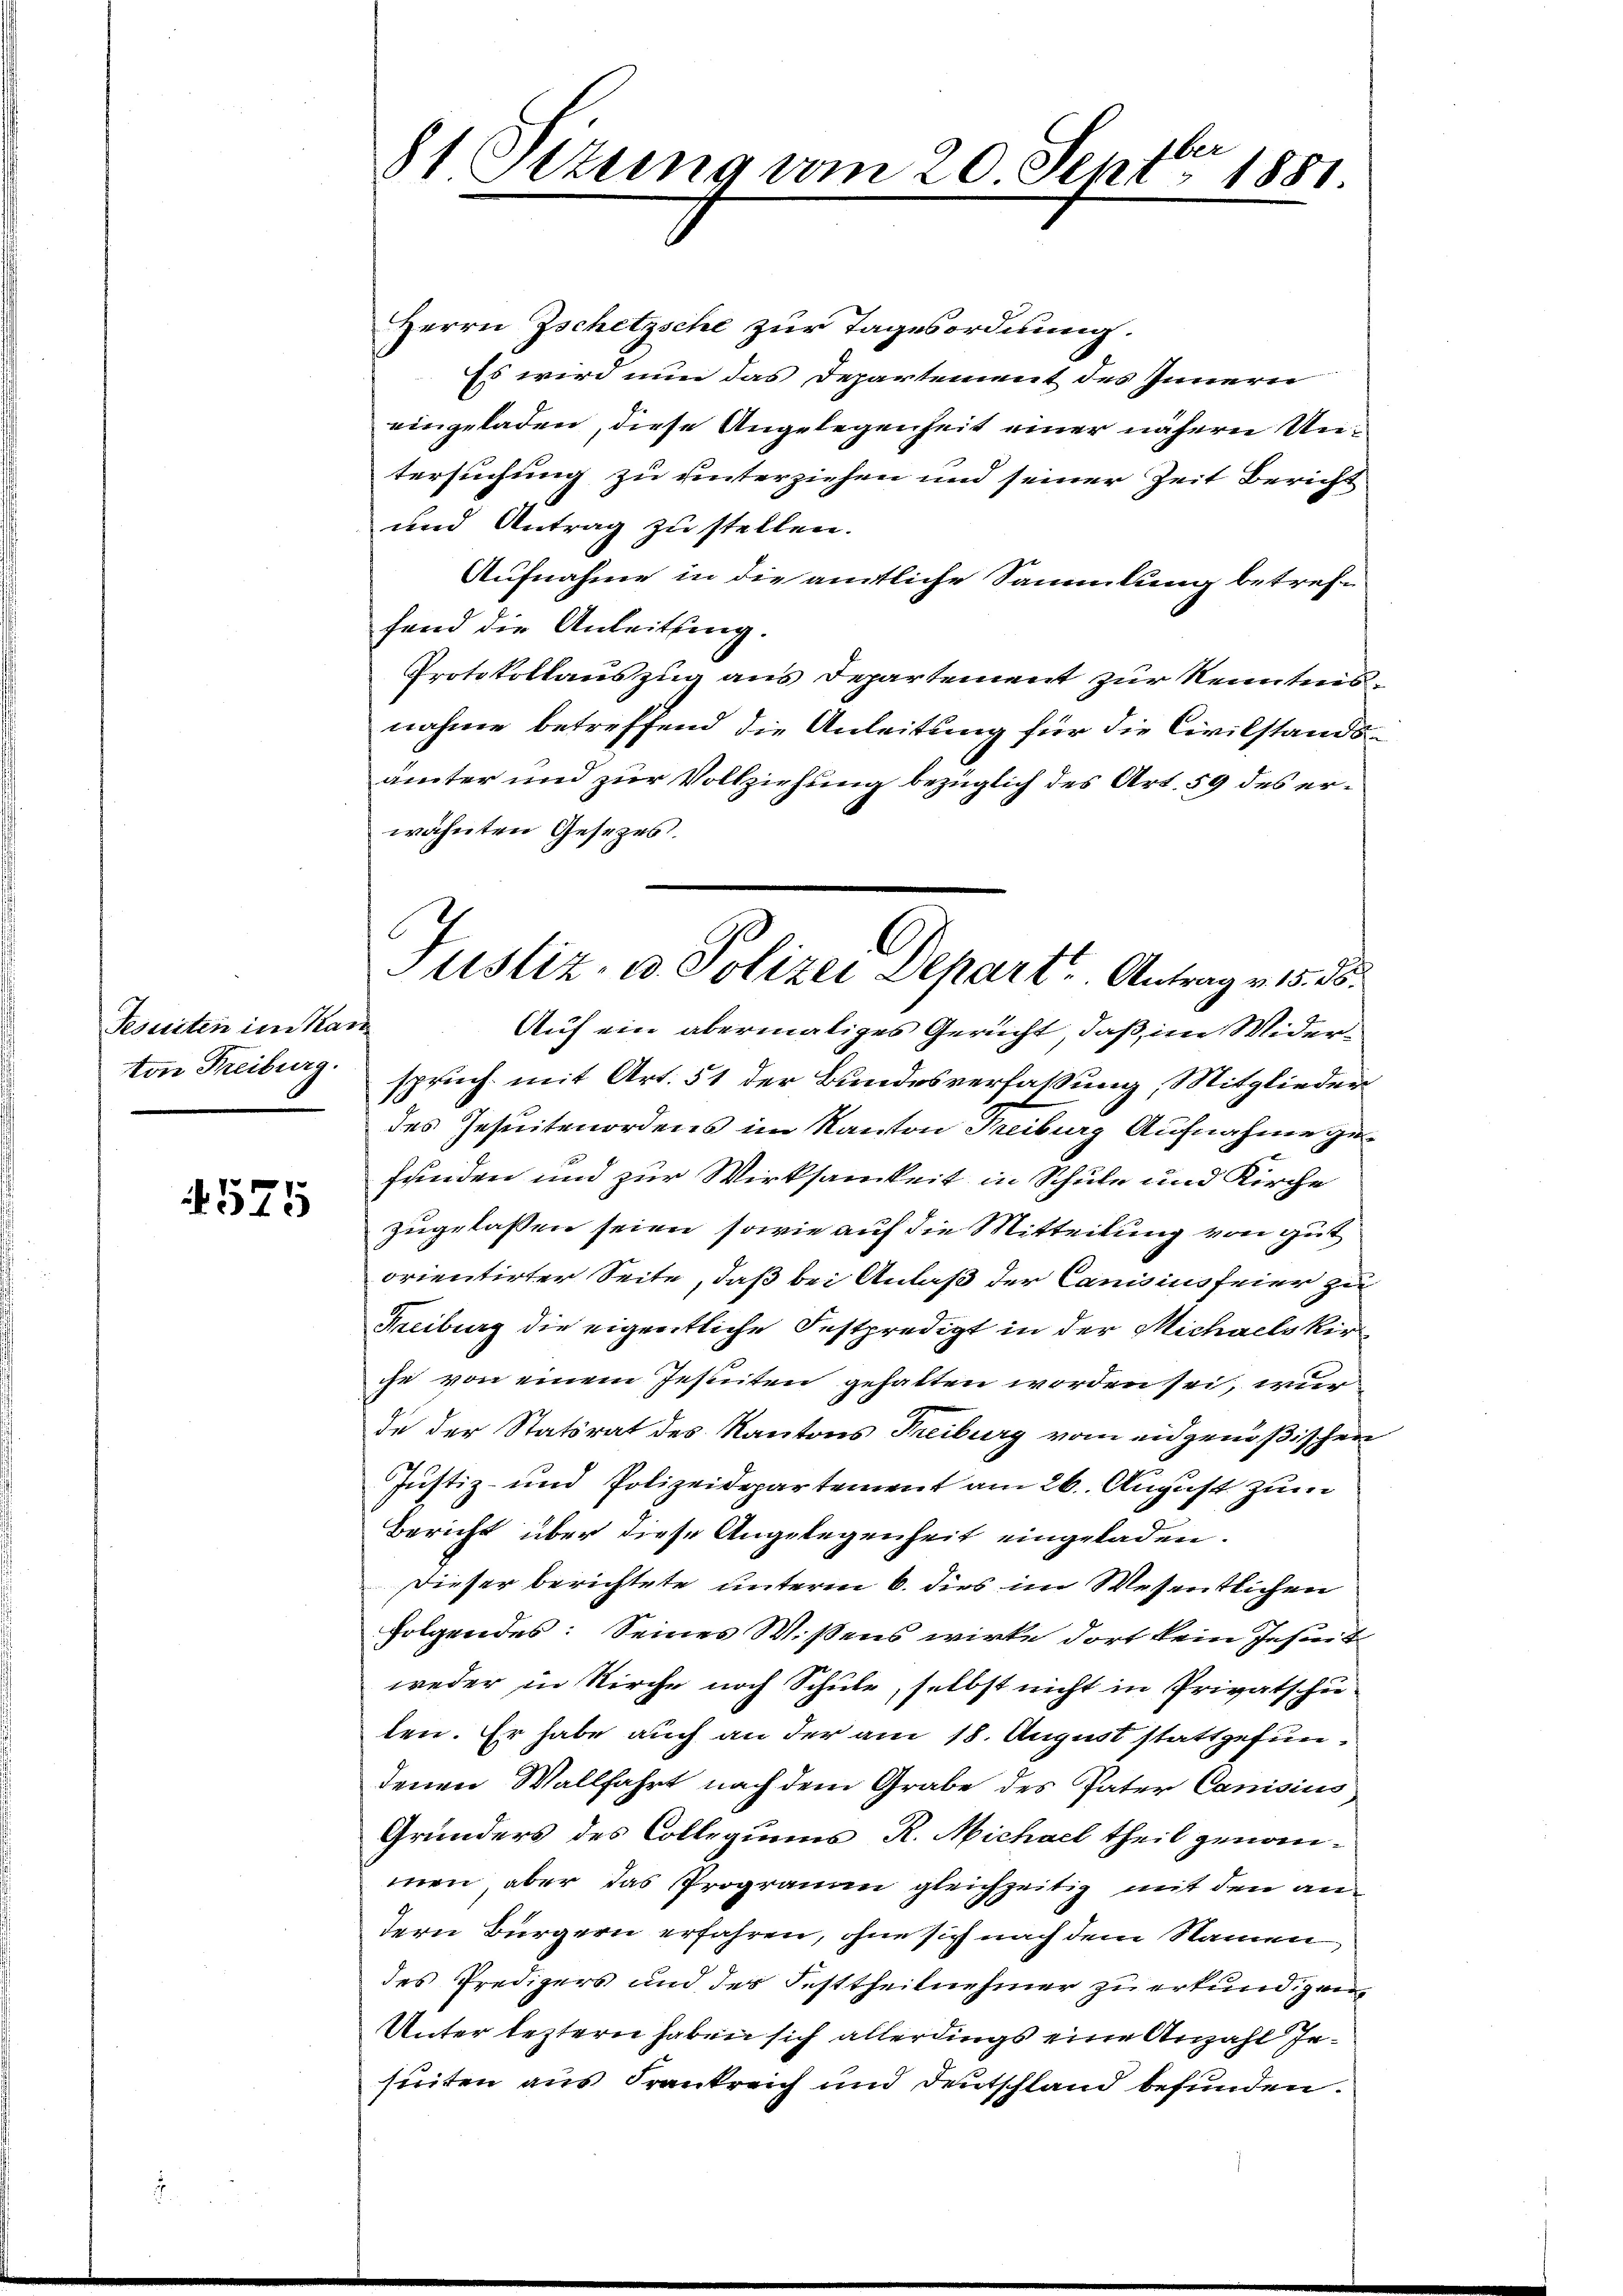
Pesuiten im Kan
von Freiburg.

575

81 Sezung vom 20. Septbr 1881

Herrn Zschetzsche zur Tagesordnung.
Es wird nun das Departement des Innern
eingeladen, diese Angelegenheit einer nähern Untersuchung zu unterziehen und seiner Zeit Bericht
und Antrag zu stellen.
Aufnahme in die amtliche Sammlung betreffe
fand die Anleitung.
Protokollauszug aus Departement zur Kenntnisnahme betreffend die Anleitung für die Civilstandsämter und zur Vollziehung bezüglich des Art. 59 des erwähnten Gesetzes.
Auf ein abermaliges Gericht, daß im Widerspruch mit Art. 51 der Bundesverfassung, Mitglieden
des Jesuitmordens im Kanton Freiburg Aufnahme gefunden und zur Wirksamkeit in Schule und Kirche
zugelassen seien, sowie auf die Mitteilung von gut
orientirter Seite, daß bei Anlaß der Canisius feier zu
Freiburg die eigentliche Festpredigt in der Michaels kirche von einem Jesuiten gehalten worden sei, wur
de der Statsrat des Kantons Freiburg vom eidgenößischen
Justiz- und Polizeidepartement am 26. August zum
Bericht über diese Angelegenheit eingeladen.
Dieser berichtete unterm 6. dies im Wesentlichen
folgendes: Seines Wissens wirke dort kein Insiert
weder in Kirche noch Schule, selbst nicht in Privatschulen. Er habe auch an der am 18. August stattgefundenen Wallfahrt nach dem Grabe des Pater Canisius
Grunders des Collegiums R. Michael theil genommen, aber das Programm gleichzeitig mit den an
tern Bürgern erfahren, ohne sich nach dem Namen
des Predigers und des Festtheilnehmer zu erkund zwei¬
Unter leztern haben sich allerdings eine Anzahl jeseiten aus Frankreich und Deutschland befunden.

E
Justiz- u. Polizei Depart. Antrag v. 15. ds.